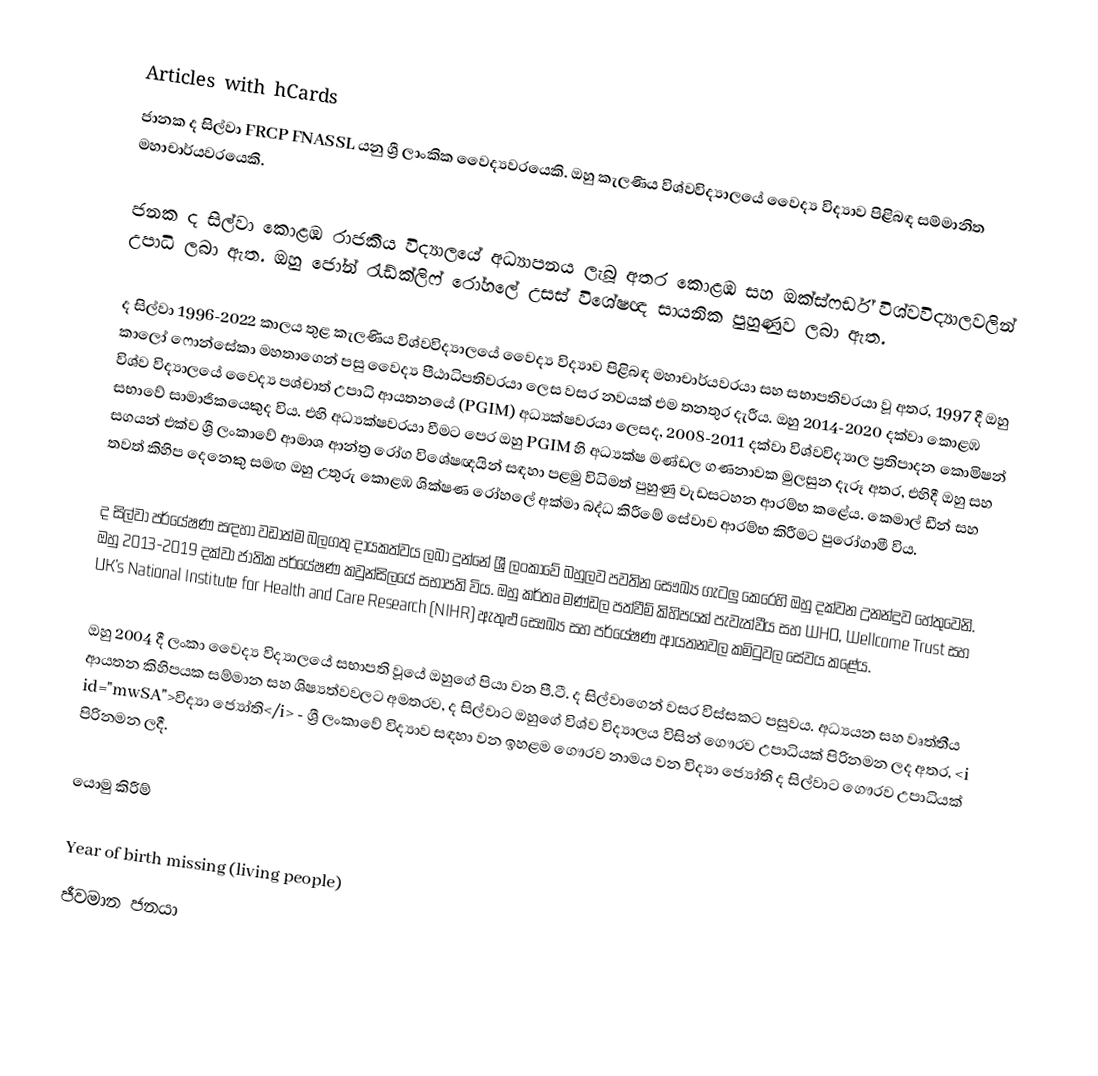
Articles with hCards
ජානක ද සිල්වා FRCP FNASSL යනු ශ්‍රී ලාංකික වෛද්‍යවරයෙකි. ඔහු කැලණිය විශ්වවිද්‍යාලයේ වෛද්‍ය විද්‍යාව පිළිබඳ සම්මානිත මහාචාර්යවරයෙකි.

ජනක ද සිල්වා කොළඹ රාජකීය විද්‍යාලයේ අධ්‍යාපනය ලැබූ අතර කොළඹ සහ ඔක්ස්ෆර්ඩ් විශ්වවිද්‍යාලවලින් උපාධි ලබා ඇත. ඔහු ජෝන් රැඩ්ක්ලිෆ් රෝහලේ උසස් විශේෂඥ සායනික පුහුණුව ලබා ඇත.

ද සිල්වා 1996-2022 කාලය තුළ කැලණිය විශ්වවිද්‍යාලයේ වෛද්‍ය විද්‍යාව පිළිබඳ මහාචාර්යවරයා සහ සභාපතිවරයා වූ අතර, 1997 දී ඔහු කාලෝ ෆොන්සේකා මහතාගෙන් පසු වෛද්‍ය පීඨාධිපතිවරයා ලෙස වසර නවයක් එම තනතුර දැරීය. ඔහු 2014-2020 දක්වා කොළඹ විශ්ව විද්‍යාලයේ වෛද්‍ය පශ්චාත් උපාධි ආයතනයේ (PGIM) අධ්‍යක්ෂවරයා ලෙසද, 2008-2011 දක්වා විශ්වවිද්‍යාල ප්‍රතිපාදන කොමිෂන් සභාවේ සාමාජිකයෙකුද විය. එහි අධ්‍යක්ෂවරයා වීමට පෙර ඔහු PGIM හි අධ්‍යක්ෂ මණ්ඩල ගණනාවක මුලසුන දැරූ අතර, එහිදී ඔහු සහ සගයන් එක්ව ශ්‍රී ලංකාවේ ආමාශ ආන්ත්‍ර රෝග විශේෂඥයින් සඳහා පළමු විධිමත් පුහුණු වැඩසටහන ආරම්භ කළේය. කෙමාල් ඩීන් සහ තවත් කිහිප දෙනෙකු සමඟ ඔහු උතුරු කොළඹ ශික්ෂණ රෝහලේ අක්මා බද්ධ කිරීමේ සේවාව ආරම්භ කිරීමට පුරෝගාමී විය.

ද සිල්වා පර්යේෂණ සඳහා වඩාත්ම බලගතු දායකත්වය ලබා දුන්නේ ශ්‍රී ලංකාවේ බහුලව පවතින සෞඛ්‍ය ගැටලු කෙරෙහි ඔහු දක්වන උනන්දුව හේතුවෙනි. ඔහු 2013-2019 දක්වා ජාතික පර්යේෂණ කවුන්සිලයේ සභාපති විය. ඔහු කර්තෘ මණ්ඩල පත්වීම් කිහිපයක් පැවැත්වීය   සහ WHO, Wellcome Trust සහ UK's National Institute for Health and Care Research (NIHR) ඇතුළු සෞඛ්‍ය සහ පර්යේෂණ ආයතනවල කමිටුවල සේවය කළේය.

ඔහු 2004 දී ලංකා වෛද්‍ය විද්‍යාලයේ සභාපති වූයේ ඔහුගේ පියා වන පී.ටී. ද සිල්වාගෙන් වසර විස්සකට පසුවය. අධ්‍යයන සහ වෘත්තීය ආයතන කිහිපයක සම්මාන සහ ශිෂ්‍යත්වවලට අමතරව, ද සිල්වාට ඔහුගේ විශ්ව විද්‍යාලය විසින් ගෞරව උපාධියක් පිරිනමන ලද අතර, <i id="mwSA">විද්‍යා ජ්‍යෝති</i> - ශ්‍රී ලංකාවේ විද්‍යාව සඳහා වන ඉහළම ගෞරව නාමය වන විද්‍යා ජ්‍යෝති ද සිල්වාට ගෞරව උපාධියක් පිරිනමන ලදී.

යොමු කිරීම්

Year of birth missing (living people)
ජීවමාන ජනයා